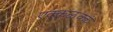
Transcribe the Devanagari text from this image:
एक्कळक्कं